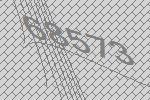
68573